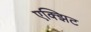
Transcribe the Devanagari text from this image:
एक्झिट